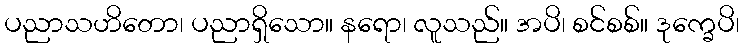
ပညာသဟိတော၊ ပညာရှိသော။ နရော၊ လူသည်။ အပိ၊ စင်စစ်။ ဒုက္ခေပိ၊